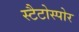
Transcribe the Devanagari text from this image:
स्टैटोस्पोर